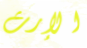
الإرث